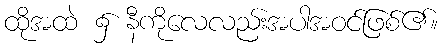
ထိုအထဲ ၌ နီကိုလေလည်းအပါအဝင်ဖြစ်၏။